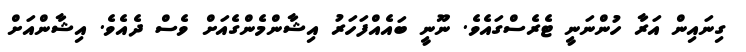
ގިނައިން އަރާ ހުންނަނީ ޓެރެސްގައެވެ. ނޫނީ ބައެއްފަހަރު އިޝާންމެންގެއަށް ވެސް ދެއެވެ. އިޝާންއަށް